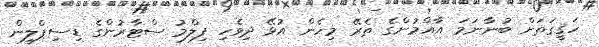
ހަޤީގަތަށް ބުނާނަމަ އާއްމުންގެ ތެރޭ މިހެން އުޅޭ ދިވެހި ފިލްމު ސްޓާރުންގެ ޑިސިޕްލީން